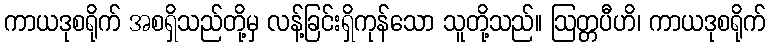
ကာယဒုစရိုက် အစရှိသည်တို့မှ လန့်ခြင်းရှိကုန်သော သူတို့သည်။ ဩတ္တပီဟိ၊ ကာယဒုစရိုက်